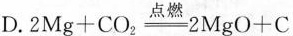
D.$$2 M g + C O _ { 2 } \xlongequal [ ] { 点 燃 } 2 M g O + C$$